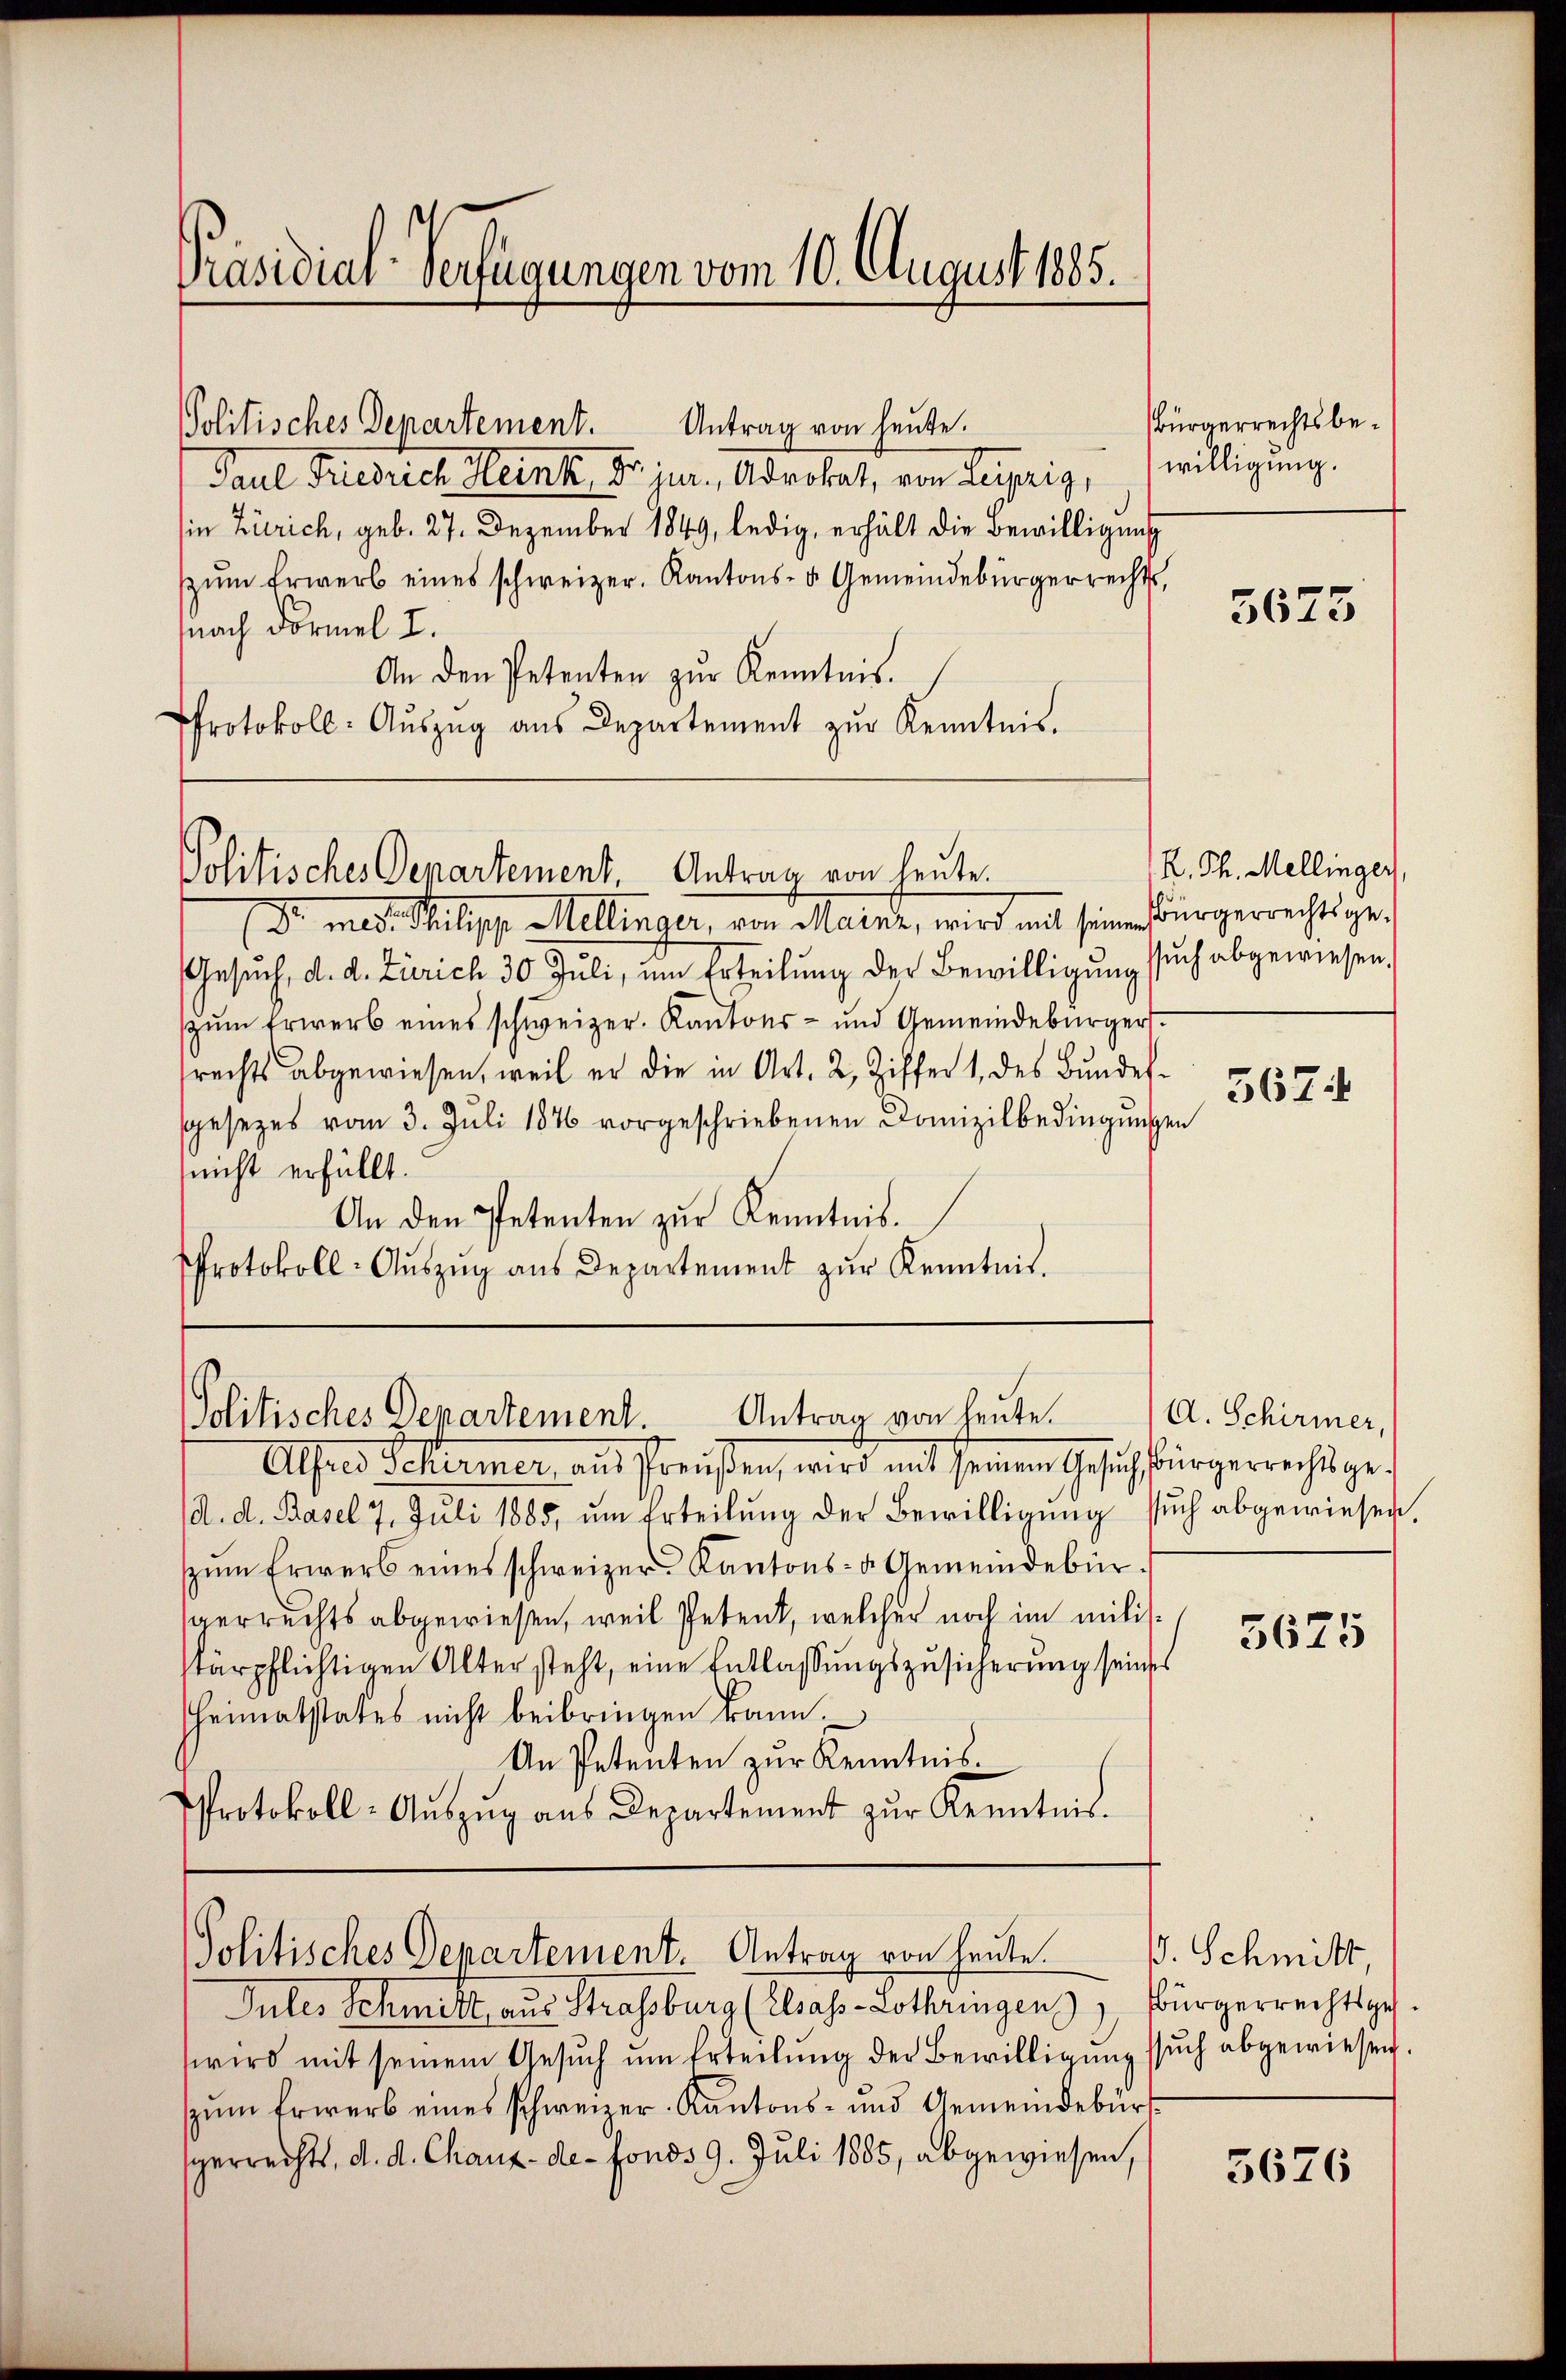
Präsidial-Verfügungen vom 10. August 1885.

Antrag von heute.
Politisches Departement.
Paul Friedrich Heink, Dr. jur., Advokat, von Leipzig,
(in Zürich, geb. 27. Dezember 1849, ledig, erhält die Bewilligung
zŭm Erwerb eines schweizer. Kantons- u. Gemeindebürgerrechts,
snach Formel I.
An den Petenten zŭr Kenntnis.
Protokoll- Aŭszŭg aŭs Departement zŭr Kenntnis.

Politisches Departement Antrag von heute.

Dr. med. Philipp Mellinger, von Mainz, wird mit seine Bürgerrechtsge-
Gesŭch, d. d. Zürich 30 Juli, um Erteilŭng der Bewilligŭng such abgewiesen.
zŭm Erwerb eines schweizer. Kantons- und Gemeindebürger
srechts abgewiesen, weil er die in Art. 2, Ziffer 1, des Bundessgesezes vom 3. Juli 1876 vorgeschriebenen Domizilbedingungen
nicht erfüllt.
An den Petenten zur Kenntnis.
Protokoll-Aŭszŭg aŭs Departement zŭr Kenntnis.

Politisches Departement. Antrag von heute.

Politisches Departement. Antrag von heute.

Jules Schmitt, aus Strasburg (Elsas-Lothringen, Bürgerrechtsges.
wird mit seinem Gesuch um Erteilung der Bewilligung
zŭm Erwerb eines schweizer-Kantons- und Gemeindebür
sperrechts, d. d. Chaux-de-Fonds 9. Juli 1885, abgewiesen,

Bürgerrechtsbewilligung.

Alfred Schirmer, aŭs Preŭβen, wird mit seinem Gesŭch bürgerrechtsge-
(d. d. Basel 7. Juli 1885, um Erteilung der Bewilligung such abgewiesen
zŭm Erwerb eines schweizer Kantons- & Gemeindebürsperrechts abgewiesen, weil Petent, welcher noch im milisstärpflichtigen Alter steht, eine Entlassungszusicherung seines
heimatstates nicht beibringen kann.
An Petenten zur Kenntnis.
Protokoll-Aŭszŭg aŭs Departement zŭr Kenntnis.

5675

K. Th. Mellinger,

5674

A. Schirmer,

5675

V. Schmitt,
such abgewiesen.

5676